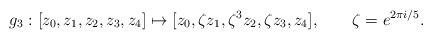
LaTeX: \begin{align*}g_3:[z_0,z_1,z_2,z_3,z_4]\mapsto[z_0,\zeta z_1,\zeta^3z_2,\zeta z_3,z_4],\qquad \zeta=e^{2\pi i/5}.\end{align*}